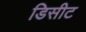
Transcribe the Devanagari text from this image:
डिसीट